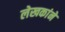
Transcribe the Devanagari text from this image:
लेखकांने